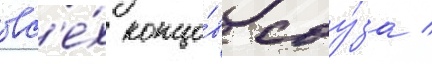
вс'е́х концо́в соу́за /